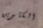
الكثيرين